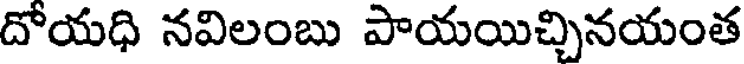
దోయధి నవిలంబు పాయయిచ్చినయంత